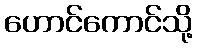
ဟောင်ကောင်သို့